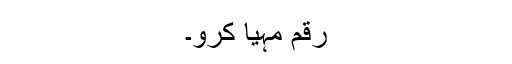
رقم مہیّا کرو۔